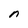
Character: n